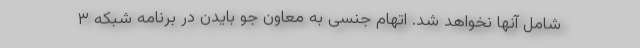
شامل آنها نخواهد شد. اتهام جنسی به معاون جو بایدن در برنامه شبکه ۳